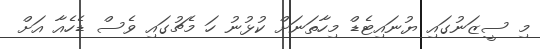
މި ސީޒަނުގައި ޔުނައިޓެޑް މިހާތަނަށް ކުޅުނު ހަ މެޗުގައި ވެސް ޑެހެއާ އަށް